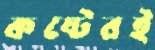
কষ্টেরই